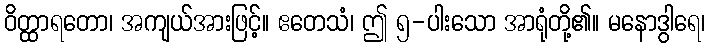
ဝိတ္ထာရတော၊ အကျယ်အားဖြင့်။ ဧတေသံ၊ ဤ ၅-ပါးသော အာရုံတို့၏။ မနောဒွါရေ၊